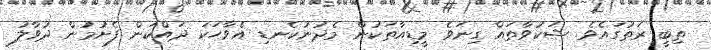
ތިބީ ރަތުގައެވެ. ޝަކުވާތައް ގިނަވެ މީޑިއާތަކުން މެދުނުކެނޑި އެވާހަކަ ދައްކަން ފެށުމުން ދުވާލު